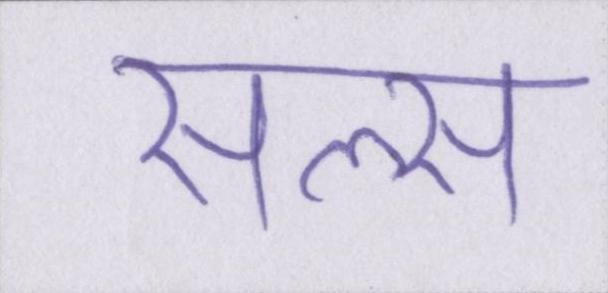
सेल्स